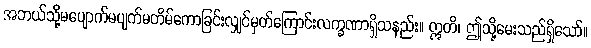
အဘယ်သို့မပျောက်မပျက်မတိမ်ကောခြင်းလျှင်မှတ်ကြောင်းလက္ခဏာရှိသနည်း။ ဣတိ၊ ဤသို့မေးသည်ရှိသော်။